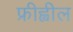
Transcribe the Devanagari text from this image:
फ्रीह्वील